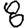
Digit: 8